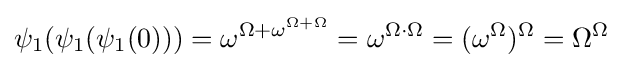
\psi _{1}(\psi _{1}(\psi _{1}(0)))=\omega ^{\Omega +\omega ^{\Omega +\Omega }}=\omega ^{\Omega \cdot \Omega }=(\omega ^{\Omega })^{\Omega }=\Omega ^{\Omega }